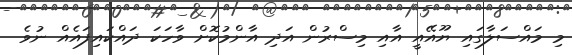
މި މައްސަލާގައި ޔޫއޭއީ އާއި މިސްރުން އަދި އާންމުކޮށް ވާހަކަ ދައްކައިފައެއް ނުވެ